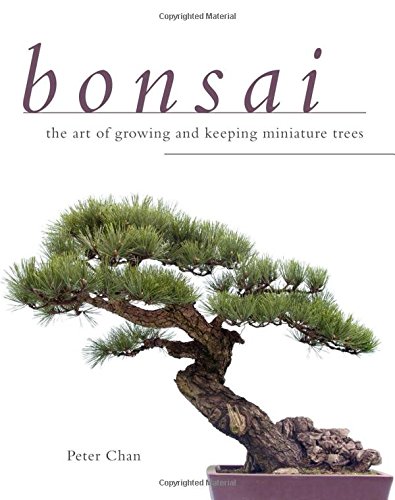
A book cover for Bonsai: The Art of Growing and Keeping Miniature Trees; Peter Chan; Crafts, Hobbies & Home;